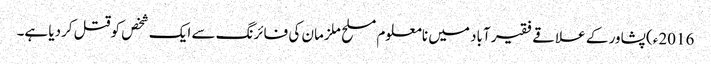
2016ء)پشاور کے علاقے فقیر آباد میں نامعلوم مسلح ملزمان کی فائرنگ سے ایک شخص کوقتل کردیا ہے۔